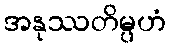
အနုဿတိမ္ပဟံ